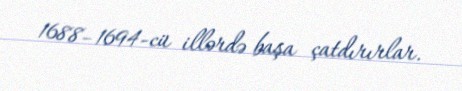
1688–1694-cü illərdə başa çatdırırlar.